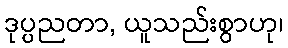
ဒုပ္ပညတာ, ယူသည်းစွာဟု၊